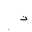
Letter: _thal